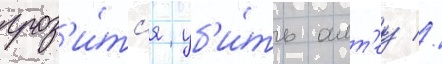
гроз'и́тс'я уб'и́ть алт'еу //